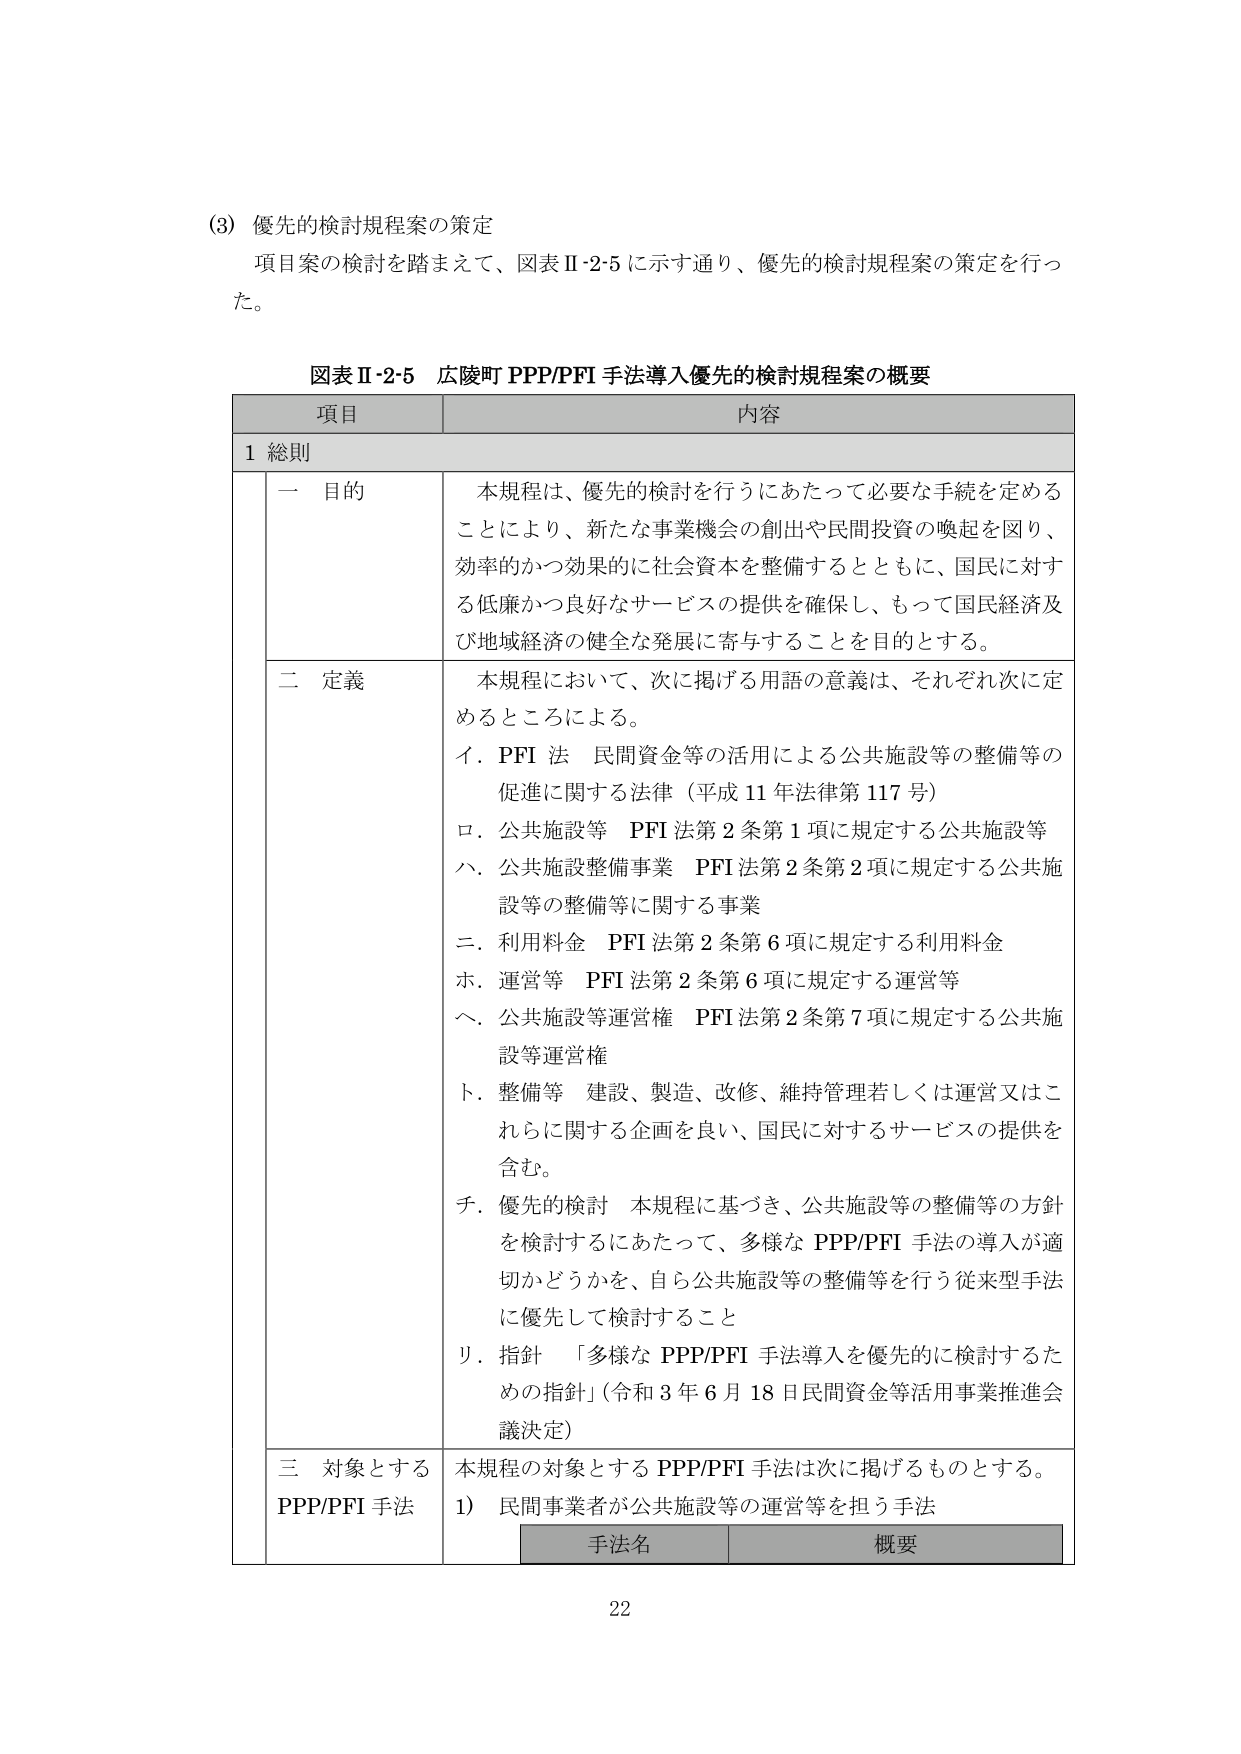
(3) 優先的検討規程案の策定
項目案の検討を踏まえて、図表Ⅱ-2-5に示す通り、優先的検討規程案の策定を行った。

図表Ⅱ-2-5 広陵町PPP/PFI手法導入優先的検討規程案の概要

項目 内容
1 総則
　一 目的
　　本規程は、優先的検討を行うにあたって必要な手続を定めることにより、新たな事業機会の創出や民間投資の喚起を図り、効率的かつ効果的に社会資本を整備するとともに、国民に対する低廉かつ良好なサービスの提供を確保し、もって国民経済及び地域経済の健全な発展に寄与することを目的とする。

　二 定義
　　本規程において、次に掲げる用語の意義は、それぞれ次に定めるところによる。
　　イ．PFI法 民間資金等の活用による公共施設等の整備等の促進に関する法律（平成11年法律第117号）
　　ロ．公共施設等 PFI法第2条第1項に規定する公共施設等
　　ハ．公共施設整備事業 PFI法第2条第2項に規定する公共施設等の整備等に関する事業
　　ニ．利用料金 PFI法第2条第6項に規定する利用料金
　　ホ．運営等 PFI法第2条第6項に規定する運営等
　　ヘ．公共施設等運営権 PFI法第2条第7項に規定する公共施設等運営権
　　ト．整備等 建設、製造、改修、維持管理若しくは運営又はこれらに関する企画を良い、国民に対するサービスの提供を含む。
　　チ．優先的検討 本規程に基づき、公共施設等の整備等の方針を検討するにあたって、多様なPPP/PFI手法の導入が適切かどうかを、自ら公共施設等の整備等を行う従来型手法に優先して検討すること
　　リ．指針 「多様なPPP/PFI手法導入を優先的に検討するための指針」（令和3年6月18日民間資金等活用事業推進会議決定）

　三 対象とするPPP/PFI手法
　　本規程の対象とするPPP/PFI手法は次に掲げるものとする。
　　1）民間事業者が公共施設等の運営等を担う手法
　　　手法名 概要

22